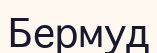
Бермуд